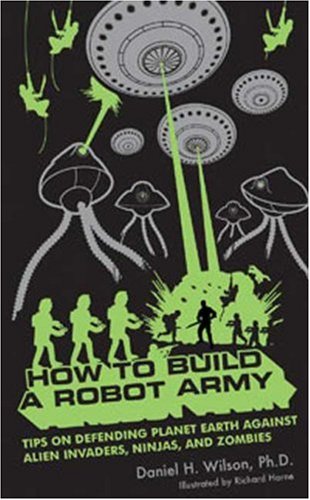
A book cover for How to Build a Robot Army: Tips on Defending Planet Earth Against Alien Invaders, Ninjas, and Zombies; Daniel H. Wilson; Humor & Entertainment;